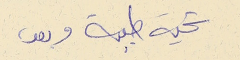
تحية طيبة وبعد،